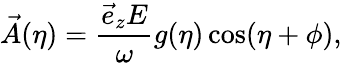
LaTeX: \vec{A}(\eta)=\frac{\vec{e}_{z}E}{\omega}g(\eta)\cos(\eta+\phi),